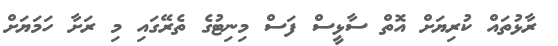
ރާޅުތައް ކުރިޔަށް އޮތް ސާޅީސް ފަސް މިނިޓުގެ ތެރޭގައި މި ރަށާ ހަމަޔަށް